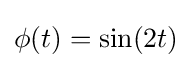
\phi (t)=\sin(2t)